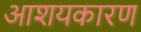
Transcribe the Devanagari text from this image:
आशयकारण